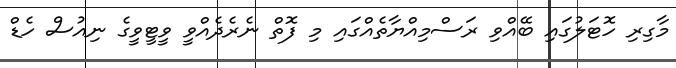
މާގިރި ހޮޓަލުގައި ބޭއްވި ރަސްމިއްޔާތެއްގައި މި ފޮތް ނެރެދެއްވީ ވީޓީވީގެ ނިއުސް ހެޑް